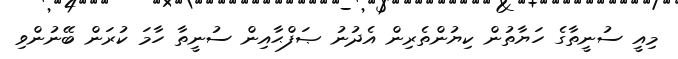
މިއީ ސުނީތާގެ ހަޔާތުން ކިޔުންތެރިން އެދުނު ޞަފްޙާއިން ސުނީތާ ހާމަ ކުރަން ބޭނުންވި